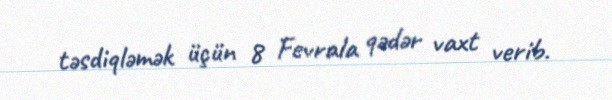
təsdiqləmək üçün 8 Fevrala qədər vaxt verib.